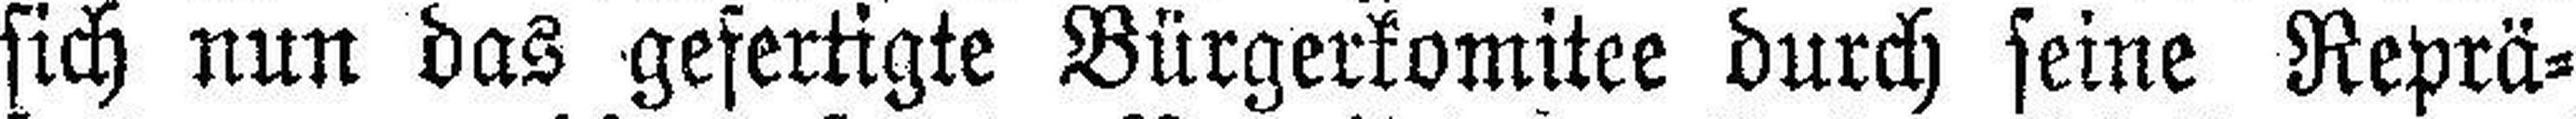
sich nun das gefertigte Bürgerkomitee durch seine Reprä¬